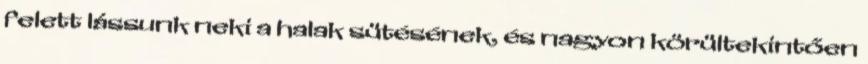
felett lássunk neki a halak sütésének, és nagyon körültekintően